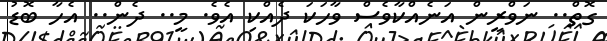
ގޮތް.. ނަވްރީން އަނެއްކާވެސް ވާހަކަ ދެއްކި އެވެ. މީ.. ދެން.. އެހާ ބޮޑު